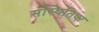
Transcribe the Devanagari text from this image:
संस्थितिक